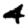
Digit: 4